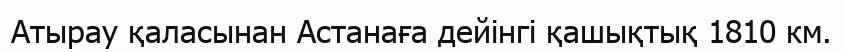
Атырау қаласынан Астанаға дейінгі қашықтық 1810 км.